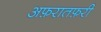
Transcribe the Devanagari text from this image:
अफ़रातफ़री